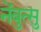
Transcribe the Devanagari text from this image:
नेंबुत्सु